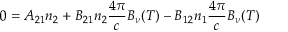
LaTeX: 0 = A _ { 2 1 } n _ { 2 } + B _ { 2 1 } n _ { 2 } { \frac { 4 \pi } { c } } B _ { \nu } ( T ) - B _ { 1 2 } n _ { 1 } { \frac { 4 \pi } { c } } B _ { \nu } ( T )